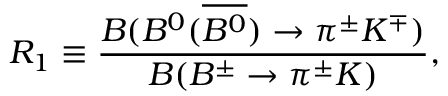
R _ { 1 } \equiv \frac { { \cal B } ( B ^ { 0 } ( \overline { { { B ^ { 0 } } } } ) \to \pi ^ { \pm } K ^ { \mp } ) } { { \cal B } ( B ^ { \pm } \to \pi ^ { \pm } K ) } ,